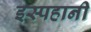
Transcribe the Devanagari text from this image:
इस्पहानी